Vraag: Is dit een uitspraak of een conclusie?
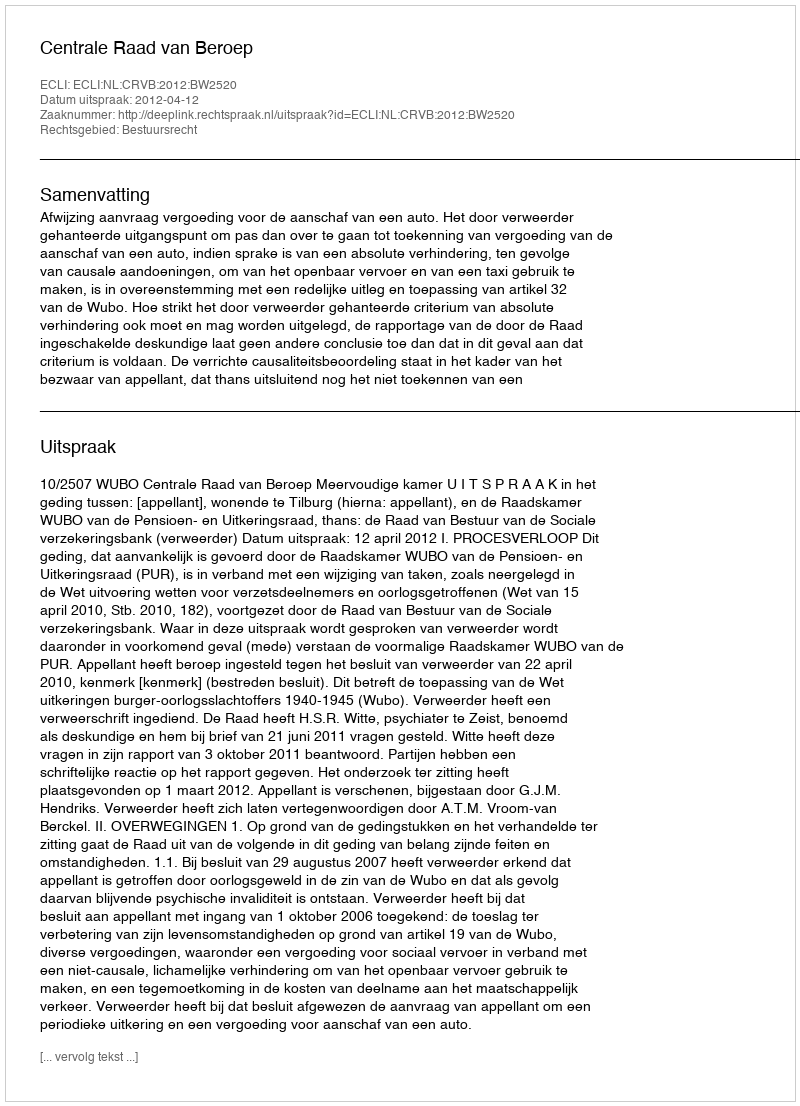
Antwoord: Uitspraak